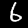
Digit: 6